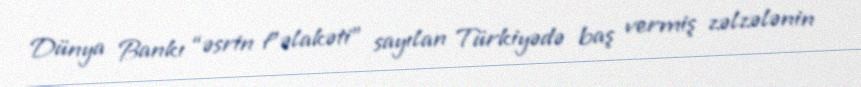
Dünya Bankı “əsrin f’əlakəti” sayılan Türkiyədə baş vermiş zəlzələnin